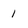
Character: 1